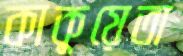
কাকুয়েতা